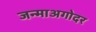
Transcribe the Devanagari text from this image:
जन्माअगोदर